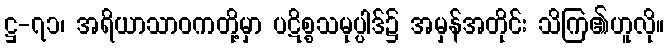
ဋ္ဌ-၇၁၊ အရိယာသာဝကတို့မှာ ပဋိစ္စသမုပ္ပါဒ်၌ အမှန်အတိုင်း သိကြ၏ဟူလို။